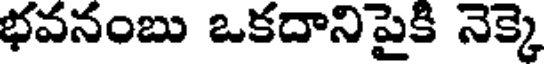
భవనంబు ఒకదానిపైకి నెక్కె